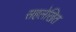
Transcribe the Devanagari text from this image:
सहलेखित